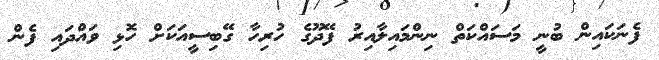
ފެނަކައިން ބުނީ މަސައްކަތް ނިންމައިލާއިރު ފޭދޫގެ ހުރިހާ ގޭބިސީއަކަށް ހޮޅި ވައްދަައި ފެން